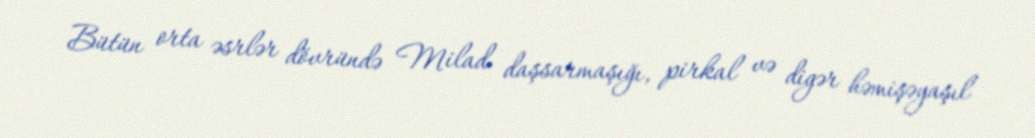
Bütün orta əsrlər dövründə Milad daşsarmaşığı, pirkal və digər həmişəyaşıl